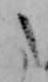
た